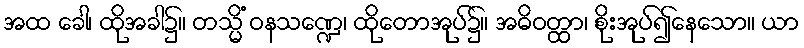
အထ ခေါ၊ ထိုအခါ၌။ တသ္မိံ ဝနသဏ္ဍေ၊ ထိုတောအုပ်၌။ အဓိဝတ္ထာ၊ စိုးအုပ်၍နေသော။ ယာ